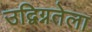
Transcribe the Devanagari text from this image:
उद्विग्नतेला